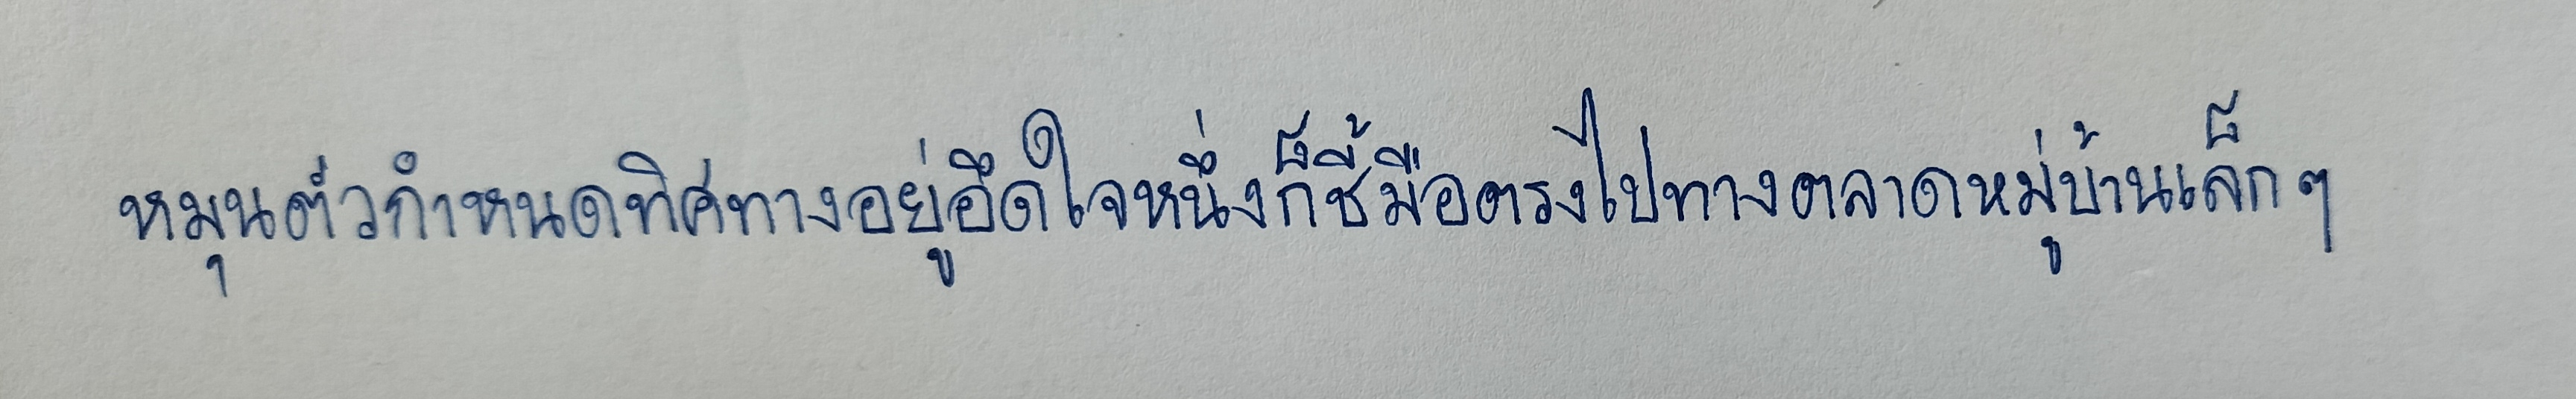
หมุนตัวกำหนดทิศทางอยู่อึดใจหนึ่งก็ชี้มือตรงไปทางตลาดหมู่บ้านเล็กๆ